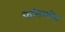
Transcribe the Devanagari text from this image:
कविचरित